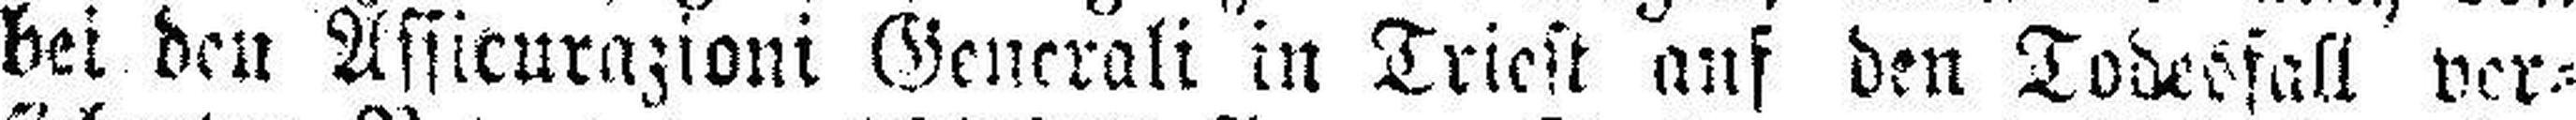
bei den Assicurazioni Generali in Triest auf den Todesfall ver¬